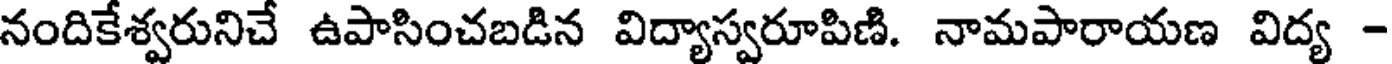
నందికేశ్వరునిచే ఉపాసించబడిన విద్యాస్వరూపిణి. నామపారాయణ విద్య -